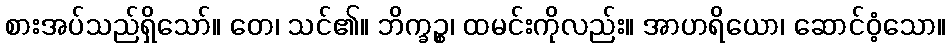
စားအပ်သည်ရှိသော်။ တေ၊ သင်၏။ ဘိက္ခဉ္စ၊ ထမင်းကိုလည်း။ အာဟရိယော၊ ဆောင်ဝံ့သော။